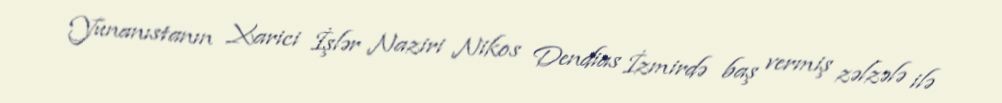
Yunanıstanın Xarici İşlər Naziri Nikos Dendias İzmirdə baş vermiş zəlzələ ilə